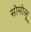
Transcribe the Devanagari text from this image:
सोमोलू